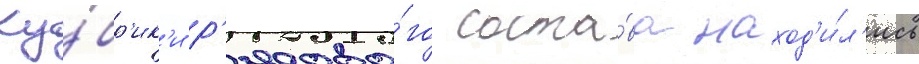
Ку́бр'ик'и р'ядово́го соста́ва наход'и́л'ись